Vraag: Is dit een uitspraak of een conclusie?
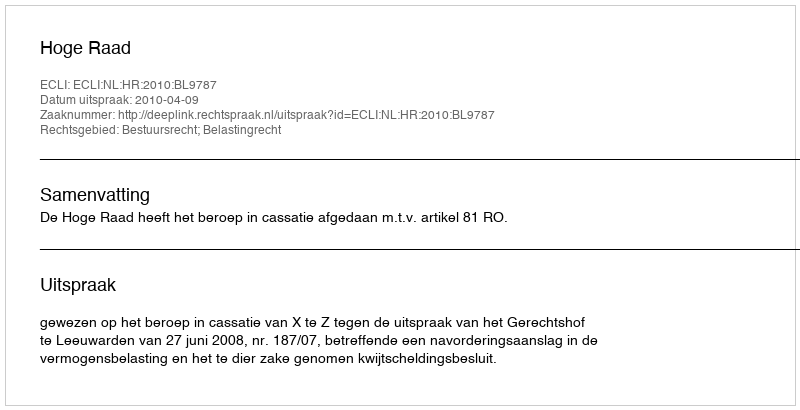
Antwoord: Uitspraak